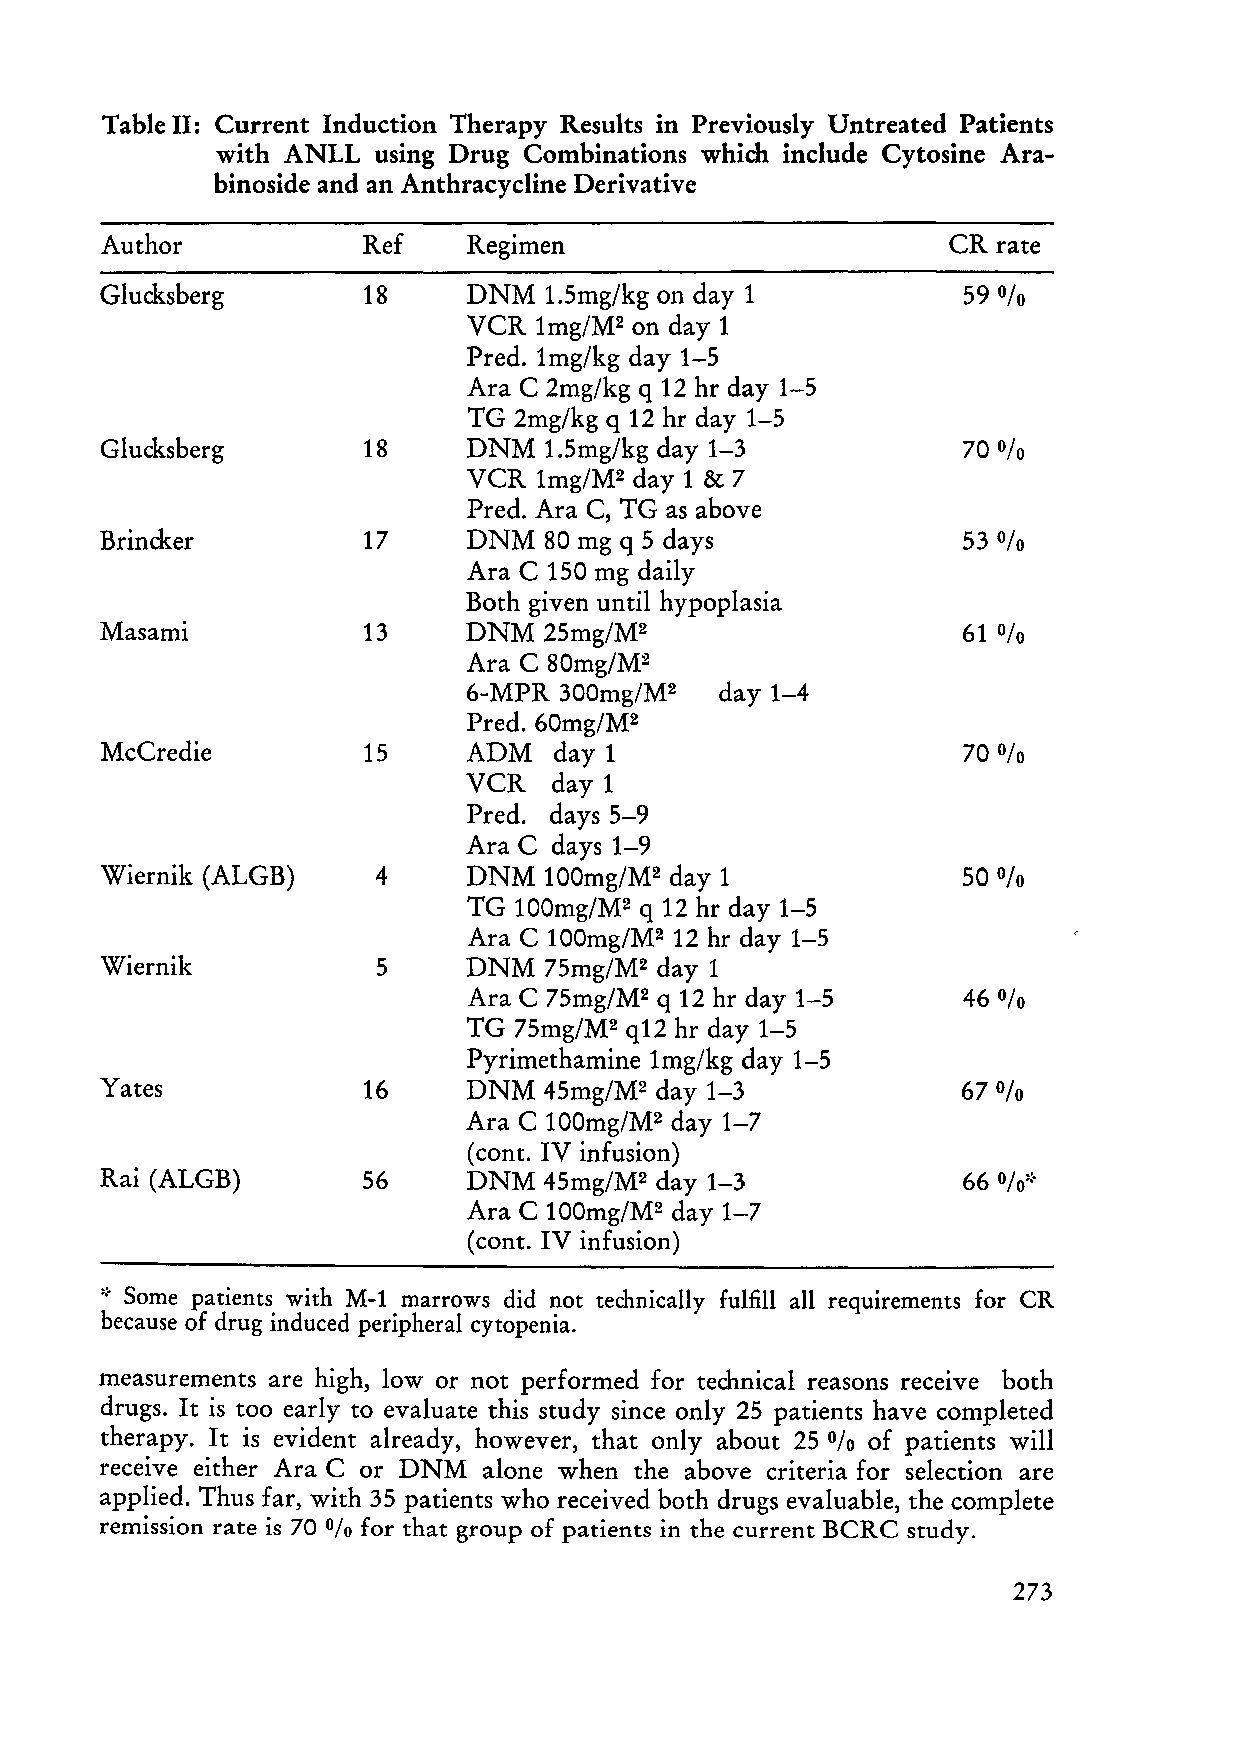
Table 11: Current Induction Therapy Results in Previously Untreated Patients
 with ANLL using Drug Combinations whi ch include Cytosine Ara
 binoside and an Anthracycline Derivative
 Author           Ref    Regimen                         CR rate
 Glucksberg       18     DNM  1.5mg/kg on day 1           59
 %
 VCR  1mg/M2 on day 1
 Pred. 1mg/kg day 1-5
 Ara C 2mg/kg q 12 hr day 1-5
 TG 2mg/kg q 12 hr day 1-5
 Glucksberg       18     DNM  1.5mg/kg day 1-3            70
 %
 VCR  1mg/M2 day 1 & 7
 Pred. Ara C, TG as above
 Brincker         17     DNM  80 mg q 5 days              53 %
 Ara C 150 mg daily
 Both given until hypoplasia
 Masami           13     DNM  25mg/M2                     61
 %
 Ara C 80mg/M2
 6-MPR 300mg/M2   day 1-4
 Pred. 60mg/M2
 McCredie         15     ADM   day 1                      70
 %
 VCR   day 1
 Pred. days 5-9
 Ara C days 1-9
 Wiernik (ALG B)   4     DNM  100mg/M2 day 1              50 %
 TG 100mg/M2 q 12 hr day 1-5
 Ara C 100mg/M2 12 hr day 1-5
 Wiernik           5     DNM  75mg/M2 day 1
 Ara C 75mg/M2 q 12 hr day 1-5    46
 %
 TG 75mg/M2 q12 hr day 1-5
 Pyrimethamine 1mg/kg day 1-5
 Yates            16     DNM  45mg/M2 day 1-3             67
 %
 Ara C 100mg/M2 day 1-7
 (cont. IV infusion)
 Rai (ALGB)       56     DNM  45mg/M2 day 1-3
 Ara C 100mg/M2 day 1-7
 (cont. IV infusion)
 .:. Some patients with M-l marrows did not technically fulfill all requirements for eR
 because of drug induced peripheral cytopenia.
 measurements are high, low or not performed for technical reasons receive both
 drugs. It is too early to evaluate this study since only 25 patients have completed
 therapy. It is evident already, however, that only about 25 of patients will
 %
 receive either Ara C or DNM alone when the above criteria for selection are
 applied. Thus far, with 35 patients who received both drugs evaluable, the complete
 remission rate is 70 % for that group of patients in the current BCRC study.
 273